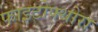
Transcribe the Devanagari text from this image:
फाइटोफ्थोरा